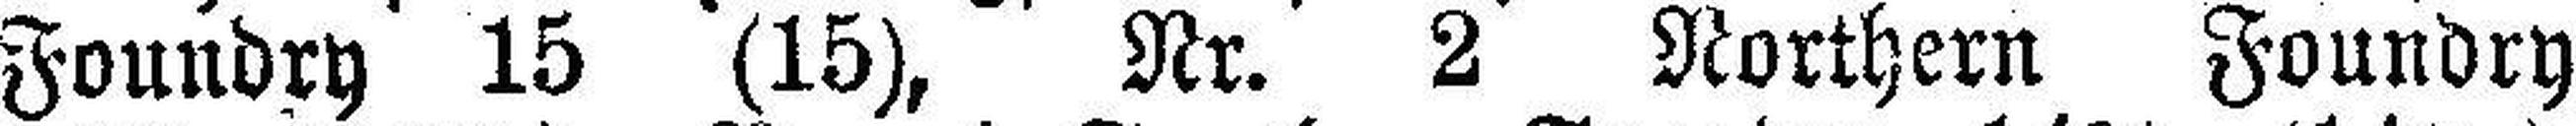
Foundry 15 (15), Nr. 2 Northern Foundry